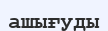
ашығуды